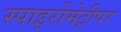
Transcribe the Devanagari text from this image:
स्पाइरोमेट्रीपर